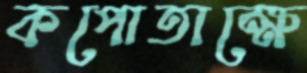
কপোতাক্ষে